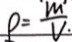
\rho = \frac { m } { V . }